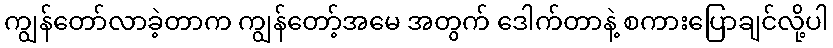
ကျွန်တော်လာခဲ့တာက ကျွန်တော့်အမေ အတွက် ဒေါက်တာနဲ့ စကားပြောချင်လို့ပါ